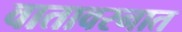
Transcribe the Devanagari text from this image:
वातावरनात